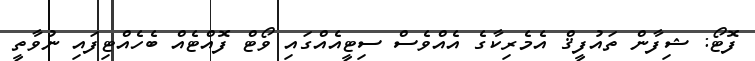
ފޮޓޯ: ޝިފާން ތައުފީޤް އެމެރިކާގެ އެއްވެސް ސިޓީއެއްގައި ވޯޓް ފޮއްޓެއް ބެހެއްޓިފައި ނުވާތީ